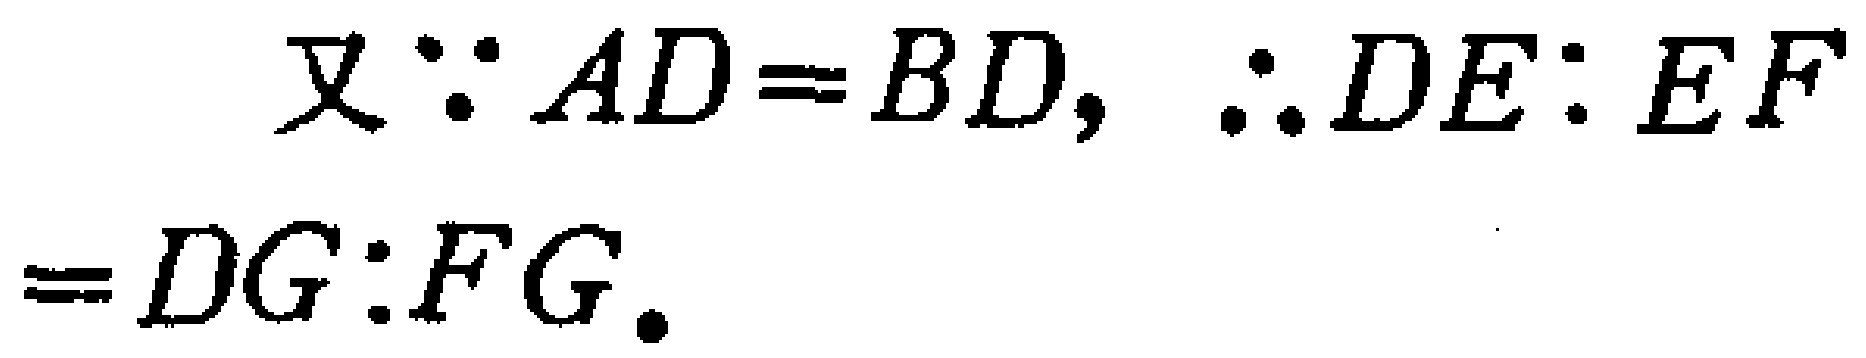
\[

\text{又} \because AD = BD, \therefore DE:EF = DG:FG.

\]